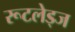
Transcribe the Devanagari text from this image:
रूटलेड्ज